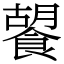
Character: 䭌